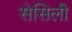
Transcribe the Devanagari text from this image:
सेसिली